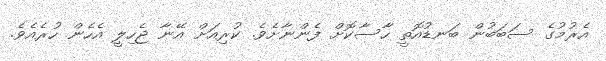
އެރުމުގެ ސަބަބުން ބަނޑުއޮތީ ހާސާކޮށް ފެންނާށެވެ. ކުރިއަށް އޭނާ ޖެހިލީ އެހެން ހުރެއެވެ.